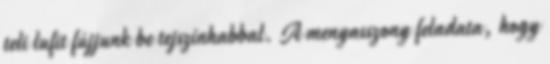
teli lufit fújjunk be tejszínhabbal. A menyasszony feladata, hogy